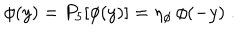
LaTeX: \phi ( y ) = P _ { 5 } [ \phi ( y ) ] = \eta _ { \phi } \, \phi ( - y ) \; .